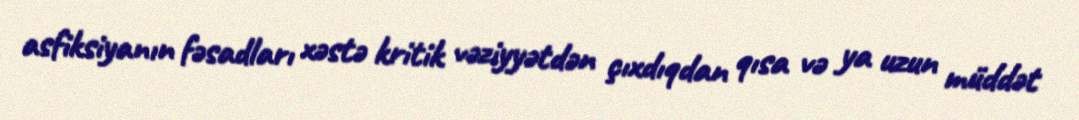
asfiksiyanın fəsadları xəstə kritik vəziyyətdən çıxdıqdan qısa və ya uzun müddət